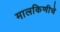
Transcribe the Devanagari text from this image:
मालकिणीचे